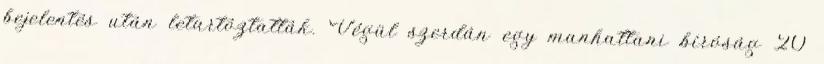
bejelentés után letartóztatták. Végül szerdán egy manhattani bíróság 20